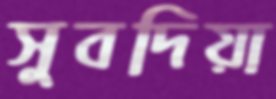
সুবদিয়া